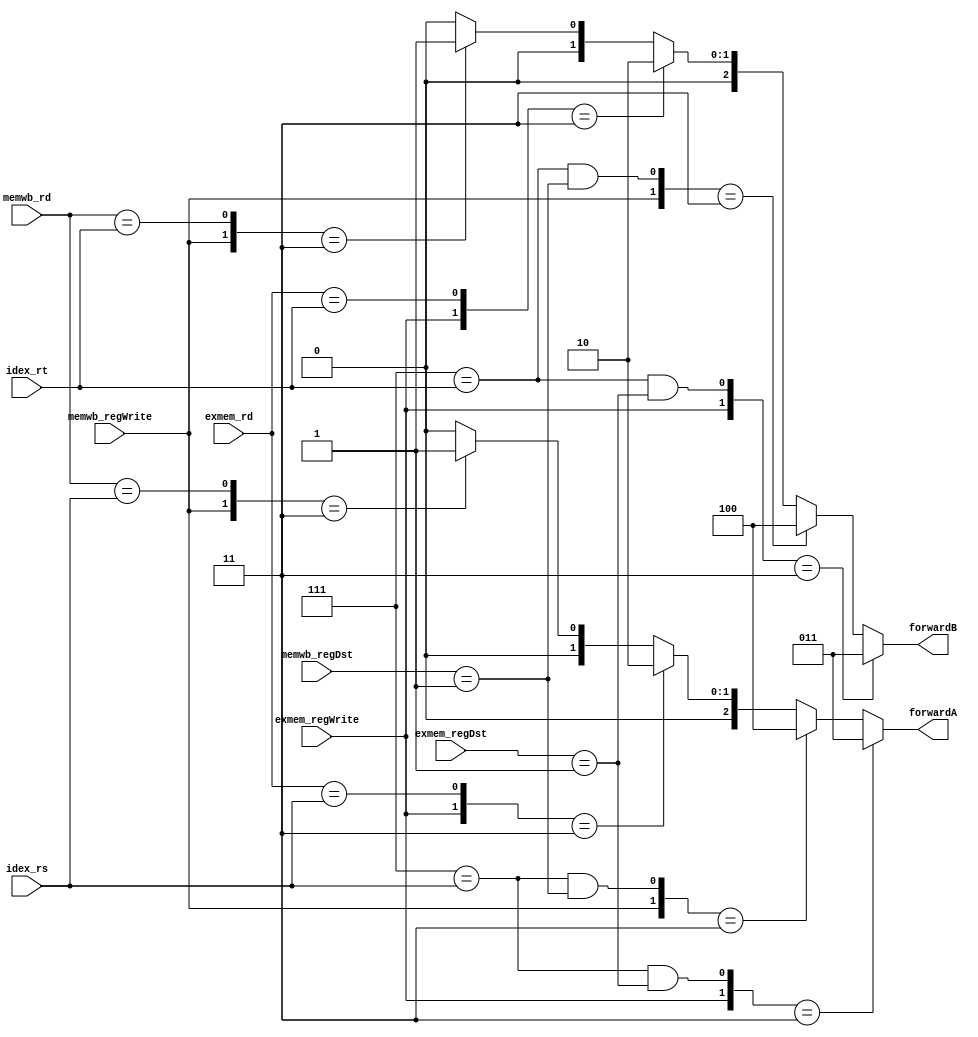
module forwarding(idex_rs, idex_rt, exmem_rd, memwb_rd, exmem_regDst, memwb_regDst, exmem_regWrite, memwb_regWrite, forwardA, forwardB);
	input [2:0] idex_rs, idex_rt, exmem_rd, memwb_rd;
	input exmem_regWrite, memwb_regWrite;
	input [1:0] exmem_regDst, memwb_regDst;

	output reg [2:0] forwardA, forwardB;

	wire exmem_eqrs, exmem_eqrt, memwb_eqrs, memwb_eqrt, exmem_regDstEqrs, exmem_regDstEqrt, memwb_regDstEqrs, memwb_regDstEqrt;

	assign exmem_eqrs = (exmem_rd == idex_rs);
	assign exmem_eqrt = (exmem_rd == idex_rt);
	
	assign memwb_eqrs = (memwb_rd == idex_rs);
	assign memwb_eqrt = (memwb_rd == idex_rt);

	assign exmem_regDstEqrt = ((3'd7 == idex_rt) && (exmem_regDst == 2'b01));
	assign exmem_regDstEqrs = ((3'd7 == idex_rs) && (exmem_regDst == 2'b01));

	assign memwb_regDstEqrs = ((3'd7 == idex_rs) && (memwb_regDst == 2'b01));
	assign memwb_regDstEqrt = ((3'd7 == idex_rt) && (memwb_regDst == 2'b01));

	//assigning forwardA
	always @(*) begin
		casex({exmem_regWrite, exmem_eqrs, memwb_regWrite, memwb_eqrs, exmem_regDstEqrs, memwb_regDstEqrs})
		6'b1_x_x_x_1_x: forwardA = 3'b011;
		6'bx_x_1_x_x_1: forwardA = 3'b100;
		6'b1_1_x_x_x_x: forwardA = 3'b010;
		6'bx_x_1_1_x_x: forwardA = 3'b001;	
		default: forwardA = 3'b000;	
		endcase
	end	

	//assigning forwardB
	always @(*) begin
		casex({exmem_regWrite, exmem_eqrt, memwb_regWrite, memwb_eqrt, exmem_regDstEqrt, memwb_regDstEqrt})	
		6'b1_x_x_x_1_x: forwardB = 3'b011;
		6'bx_x_1_x_x_1: forwardB = 3'b100;
		6'b1_1_x_x_x_x: forwardB = 3'b010;
		6'bx_x_1_1_x_x: forwardB = 3'b001;
		default: forwardB = 3'b000;
		endcase
	end
endmodule